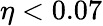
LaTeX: \eta<0.07